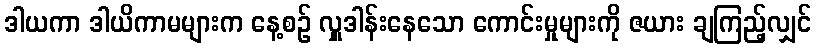
ဒါယကာ ဒါယိကာမများက နေ့စဉ် လှူဒါန်းနေသော ကောင်းမှုများကို ဇယား ချကြည့်လျှင်